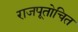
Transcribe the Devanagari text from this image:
राजपूतोचित